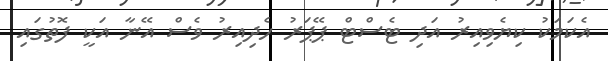
އެކަމަކު ކިޔެވިއިރު އަދި ޓެސްޓް ޕޭޕަރު ހެދިއިރު ވެސް އޭނާ އަކީ ފޮތުގައި